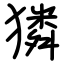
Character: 獜